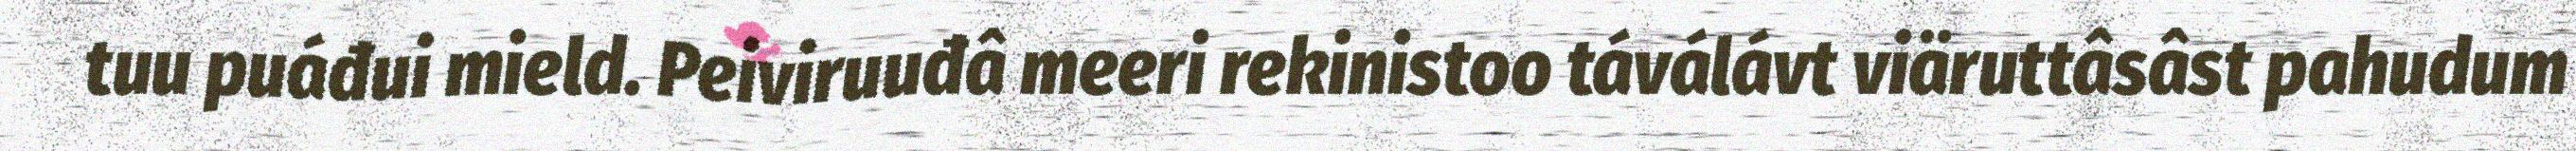
tuu puáđui mield. Peiviruuđâ meeri rekinistoo táválávt viäruttâsâst pahudum